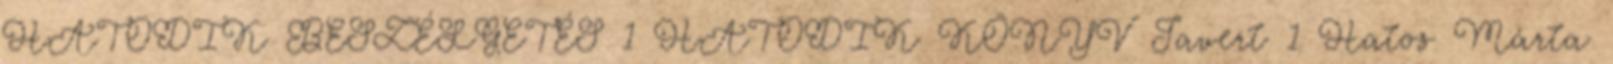
HATODIK BESZÉLGETÉS 1 HATODIK KÖNYV Javert 1 Hatos Márta